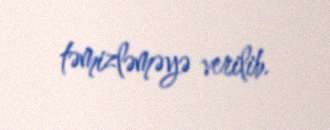
təmizləməyə verilib.